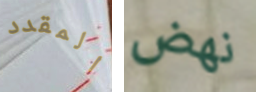
المقدد نهض